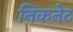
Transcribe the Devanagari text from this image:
निकनेट